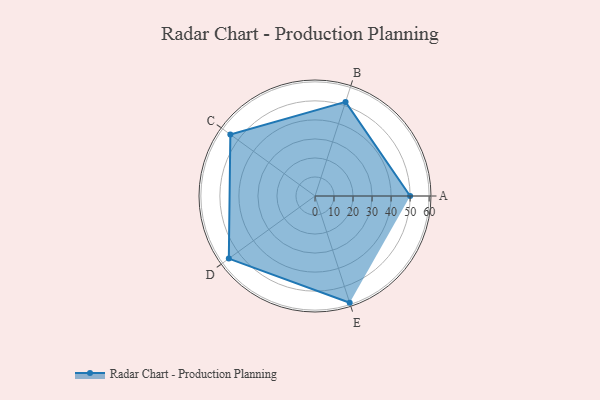
{"axis": {"x": "Skill", "y": "Score"}, "legend": ["Profile"], "data": [{"x": "A", "y": 50.0, "type": "Profile"}, {"x": "B", "y": 52.0, "type": "Profile"}, {"x": "C", "y": 55.0, "type": "Profile"}, {"x": "D", "y": 56.0, "type": "Profile"}, {"x": "E", "y": 59.0, "type": "Profile"}]}